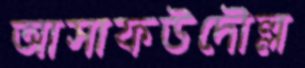
আসাফউদৌল্ল